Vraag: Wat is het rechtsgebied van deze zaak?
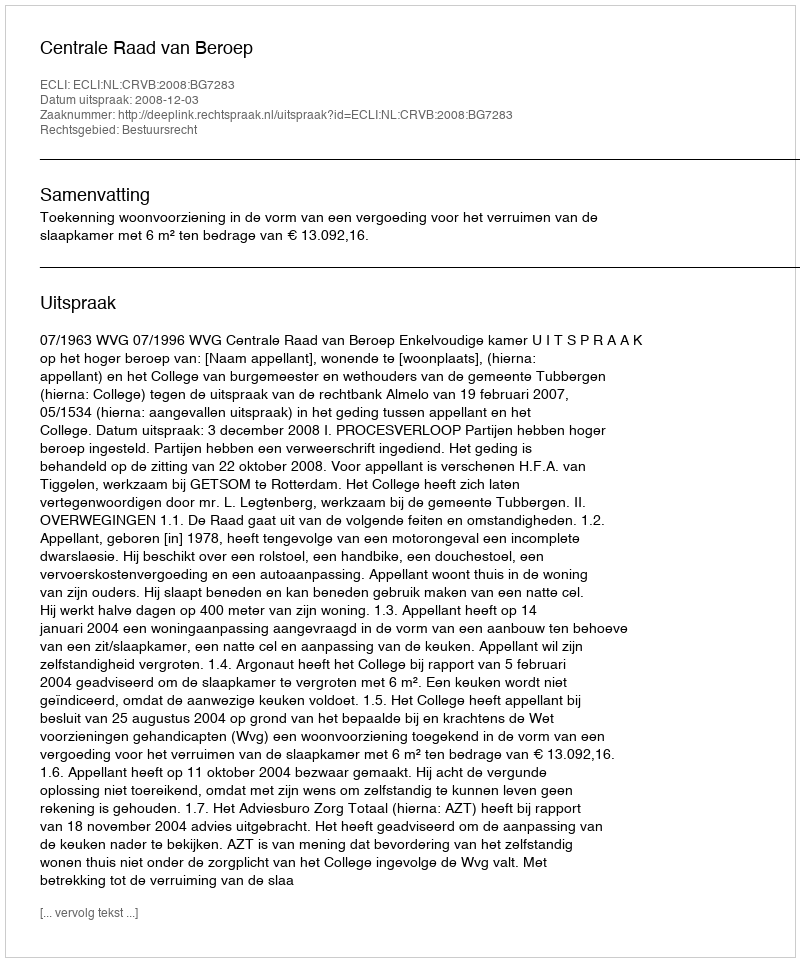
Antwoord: Bestuursrecht